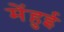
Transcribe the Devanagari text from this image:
मेंहुई